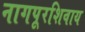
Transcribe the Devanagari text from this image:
नागपूरशिवाय